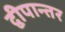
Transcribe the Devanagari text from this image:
द्वीपान्तर